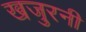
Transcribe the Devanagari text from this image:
खजुरनी